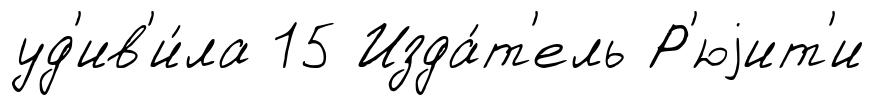
уд'ив'и́ла 15 Изда́т'ель Р'юjит'и